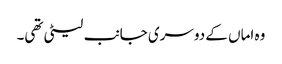
وہ اماں کے دوسری جانب لیٹی تھی۔